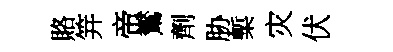
賂笄帝鸑劑胁槧灾伏